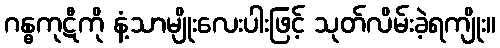
ဂန္ဓကုဋီကို နံ့သာမျိုးလေးပါးဖြင့် သုတ်လိမ်းခဲ့ရကျိုး။